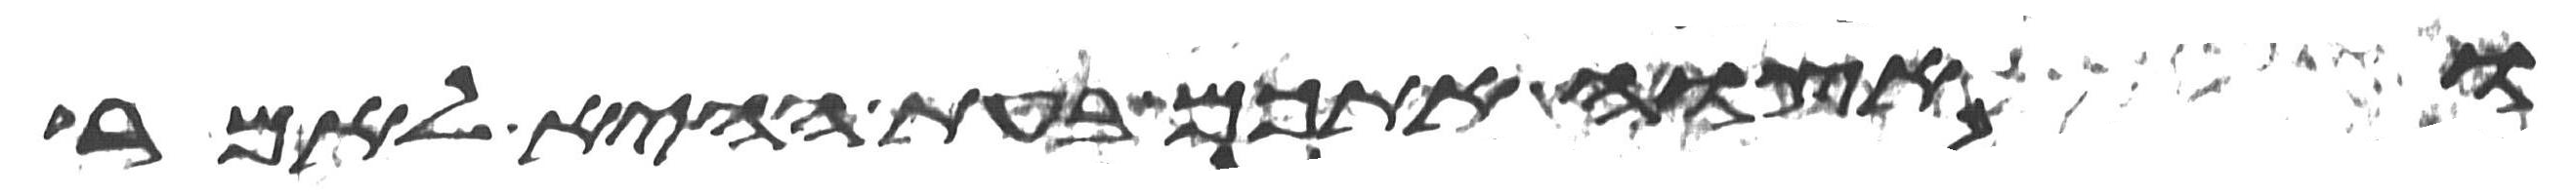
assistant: ואצוה אתכם בעת ההיא לאמר